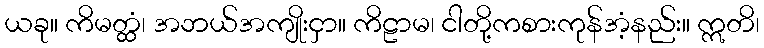
ယခု။ ကိမတ္ထံ၊ အဘယ်အကျိုးငှာ။ ကိဠာမ၊ ငါတို့ကစားကုန်အံ့နည်း။ ဣတိ၊